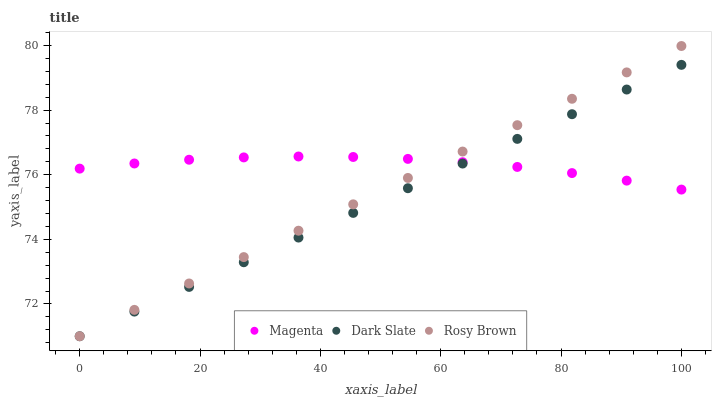
| xaxis_label | Magenta | Dark Slate | Rosy Brown |
 | --- | --- | --- | --- |
 | 0 | 76.2 | 71 | 71 |
 | 9.09 | 76.3 | 71.8 | 71.8 |
 | 18.2 | 76.5 | 72.5 | 72.6 |
 | 27.3 | 76.5 | 73.3 | 73.5 |
 | 36.4 | 76.6 | 74.1 | 74.3 |
 | 45.5 | 76.5 | 74.8 | 75.1 |
 | 54.5 | 76.5 | 75.6 | 75.9 |
 | 63.6 | 76.4 | 76.3 | 76.7 |
 | 72.7 | 76.2 | 77.1 | 77.5 |
 | 81.8 | 76.1 | 77.9 | 78.4 |
 | 90.9 | 75.8 | 78.6 | 79.2 |
 | 100 | 75.5 | 79.4 | 80 |